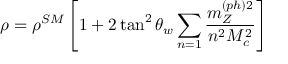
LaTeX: \rho = \rho ^ { S M } \left[ 1 + 2 \tan ^ { 2 } \theta _ { w } \sum _ { n = 1 } \frac { m _ { Z } ^ { ( p h ) 2 } } { n ^ { 2 } M _ { c } ^ { 2 } } \right] \, \, \,